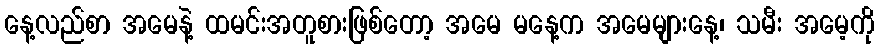
နေ့လည်စာ အမေနဲ့ ထမင်းအတူစားဖြစ်တော့ အမေ မနေ့က အမေများနေ့၊ သမီး အမေ့ကို